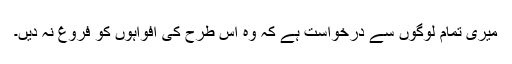
میری تمام لوگوں سے درخواست ہے کہ وہ اس طرح کی افواہوں کو فروغ نہ دیں۔